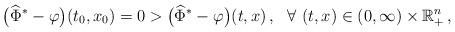
LaTeX: \begin{align*}\big({\widehat{\Phi}}^* - \varphi\big)(t_0,x_0) = 0 > \big({\widehat{\Phi}}^* - \varphi\big)(t,x)\,, \ \ \forall\ (t,x)\in (0,\infty) \times \mathbb{R}_{+}^n\,,\end{align*}